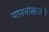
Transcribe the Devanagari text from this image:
सानमोखांआरि